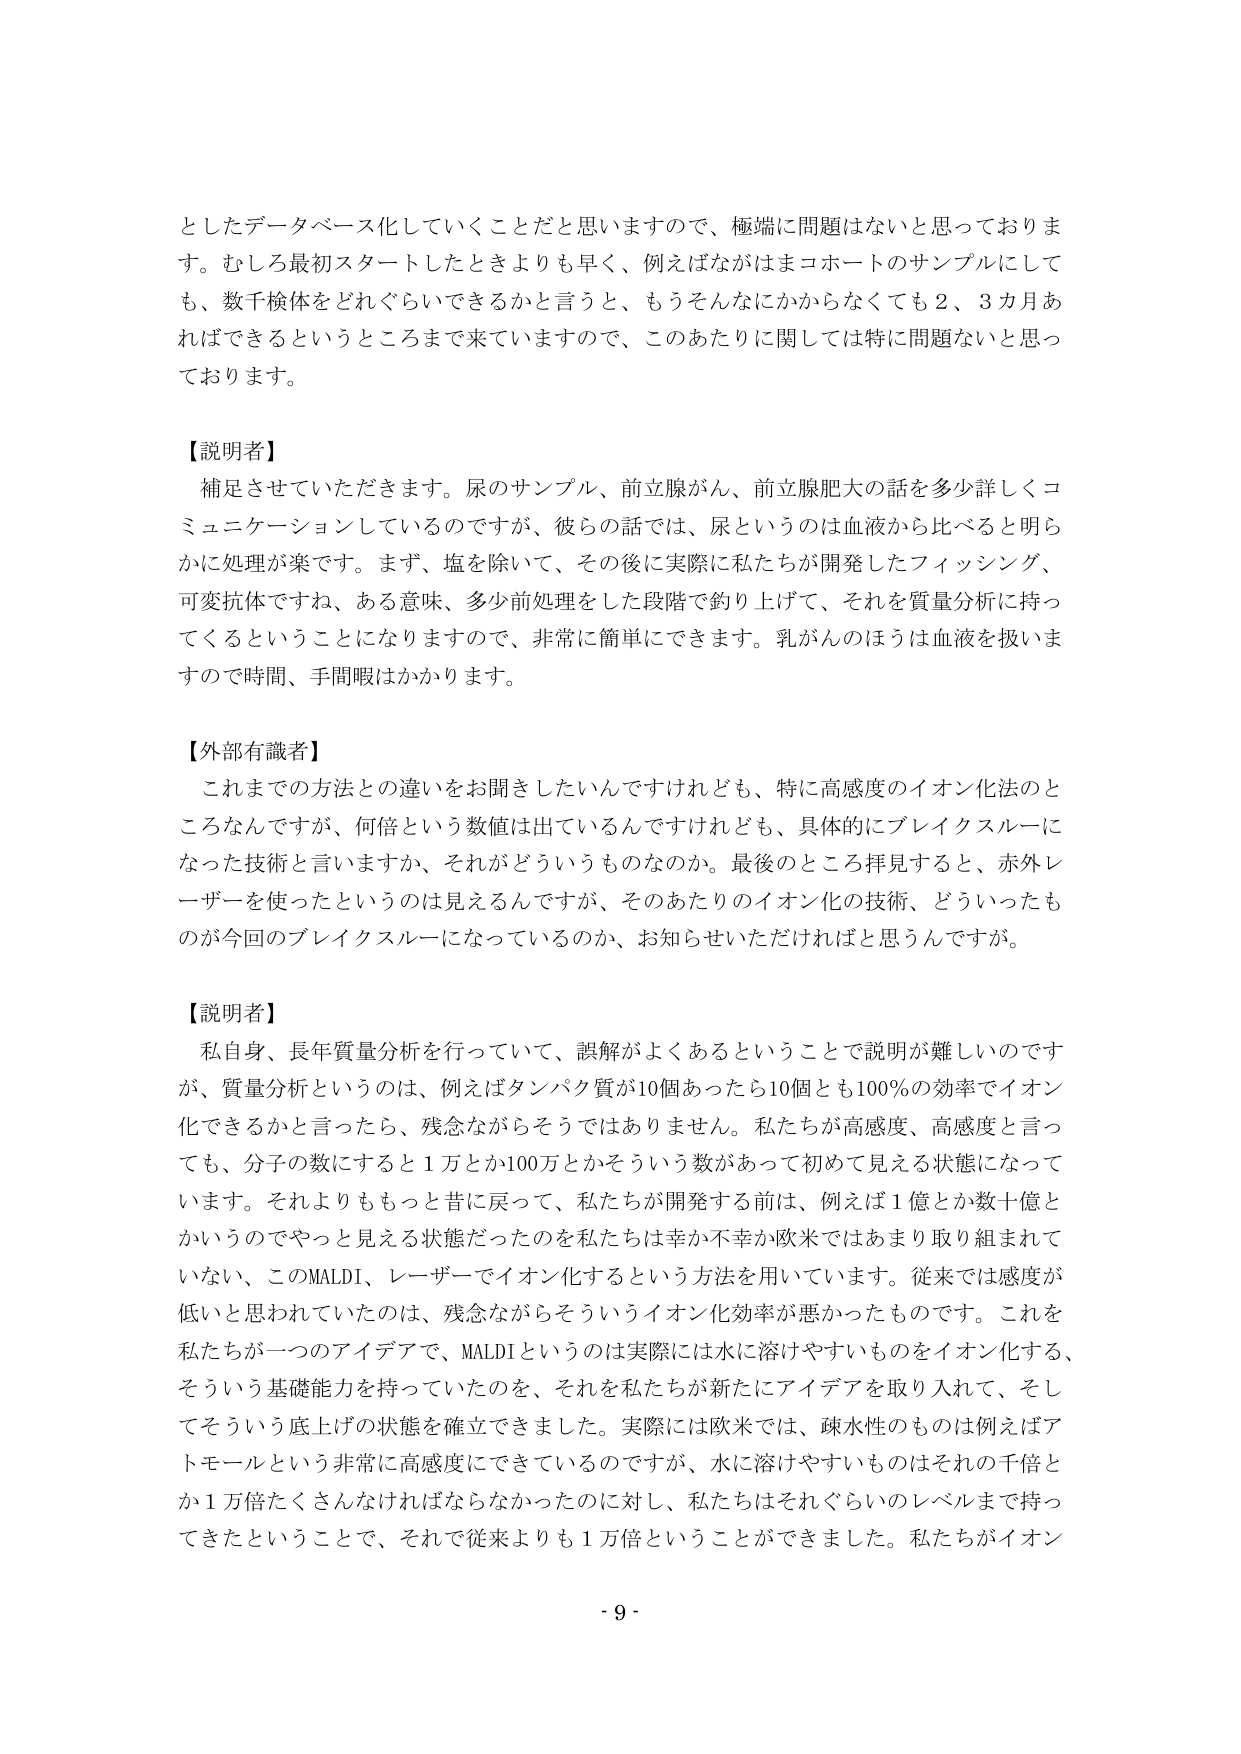
としたデータベース化していくことだと思いますので、極端に問題はないと思っております。むしろ最初スタートしたときよりも早く、例えばながはまコホートのサンプルにしても、数千検体をどれぐらいできるかと言うと、もうそんなにかからなくても２、３カ月あればできるというところまで来ていますので、このあたりに関しては特に問題ないと思っております。

【説明者】
補足させていただきます。尿のサンプル、前立腺がん、前立腺肥大の話を多少詳しくコミュニケーションしているのですが、彼らの話では、尿というのは血液から比べると明らかに処理が楽です。まず、塩を除いて、その後に実際に私たちが開発したフィッシング、可変抗体ですね、ある意味、多少前処理をした段階で釣り上げて、それを質量分析に持ってくるということになりますので、非常に簡単にできます。乳がんのほうは血液を扱いますので時間、手間暇はかかります。

【外部有識者】
これまでの方法との違いをお聞きしたいんですけれども、特に高感度のイオン化法のところなんですが、何倍という数値は出ているんですけれども、具体的にブレイクスルーになった技術と言いますか、それがどういうものなのか。最後のところ拝見すると、赤外レーザーを使ったというのは見えるんですが、そのあたりのイオン化の技術、どういったものが今回のブレイクスルーになっているのか、お知らせいただければと思うんですが。

【説明者】
私自身、長年質量分析を行っていて、誤解がよくあるということで説明が難しいのですが、質量分析というのは、例えばタンパク質が10個あったら10個とも100％の効率でイオン化できるかと言ったら、残念ながらそうではありません。私たちが高感度、高感度と言っても、分子の数にすると１万とか100万とかそういう数があって初めて見える状態になっています。それよりももっと昔に戻って、私たちが開発する前は、例えば１億とか数十億とかいうのでやっと見える状態だったのを私たちは幸か不幸か欧米ではあまり取り組まれていない、このMALDI、レーザーでイオン化するという方法を用いています。従来では感度が低いと思われていたのは、残念ながらそういうイオン化効率が悪かったものです。これを私たちが一つのアイデアで、MALDIというのは実際には水に溶けやすいものをイオン化する、そういう基礎能力を持っていたのを、それを私たちが新たにアイデアを取り入れて、そしてそういう底上げの状態を確立できました。実際には欧米では、疎水性のものは例えばアトモールという非常に高感度にできているのですが、水に溶けやすいものはそれの千倍とか１万倍たくさんなければならないかったのに対し、私たちはそれぐらいのレベルまで持ってきたということで、それで従来よりも１万倍ということができました。私たちがイオン

- 9 -